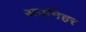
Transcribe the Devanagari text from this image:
अर्यामेहर